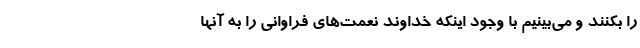
را بکنند و می‌بینیم با وجود اینکه خداوند نعمت‌های فراوانی را به آنها